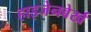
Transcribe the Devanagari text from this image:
हाइजेनवेर्ख